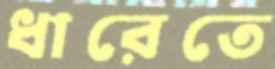
ধারেতে